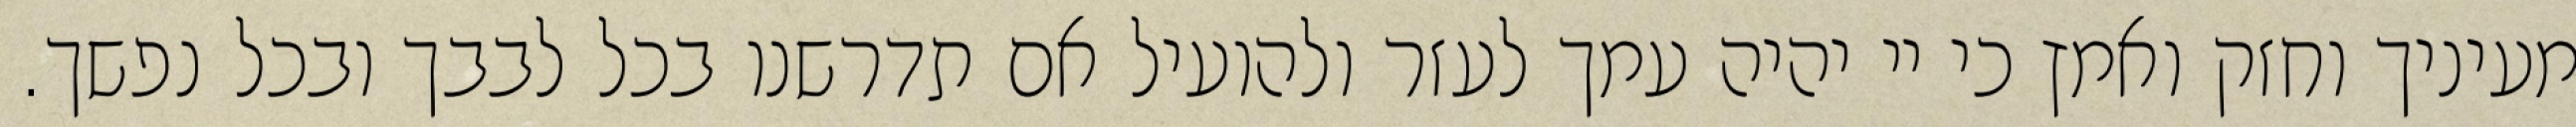
מעיניך וחזק ואמץ כי יי יהיה עמך לעזר ולהועיל אם תדרשנו בכל לבבך ובכל נפשך.